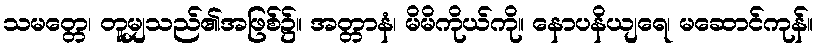
သမတ္တေ၊ တူမျှသည်၏အဖြစ်၌။ အတ္တာနံ၊ မိမိကိုယ်ကို။ နောပနိယျရေ၊ မဆောင်ကုန်။